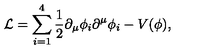
{ \cal L } = \sum _ { i = 1 } ^ { 4 } \frac { 1 } { 2 } \partial _ { \mu } \phi _ { i } \partial ^ { \mu } \phi _ { i } - V ( \phi ) ,